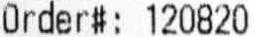
ORDER#: 120820